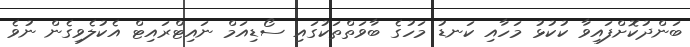
ބަންދުކޮށްފައިވާ ކުކުޅު މަހާއި ކަނޑު މަހުގެ ބާވަތްތަކުގައި ސޯޑިއަމް ނައިޓްރައިޓް އެކުލެވިގެން ނުވެ